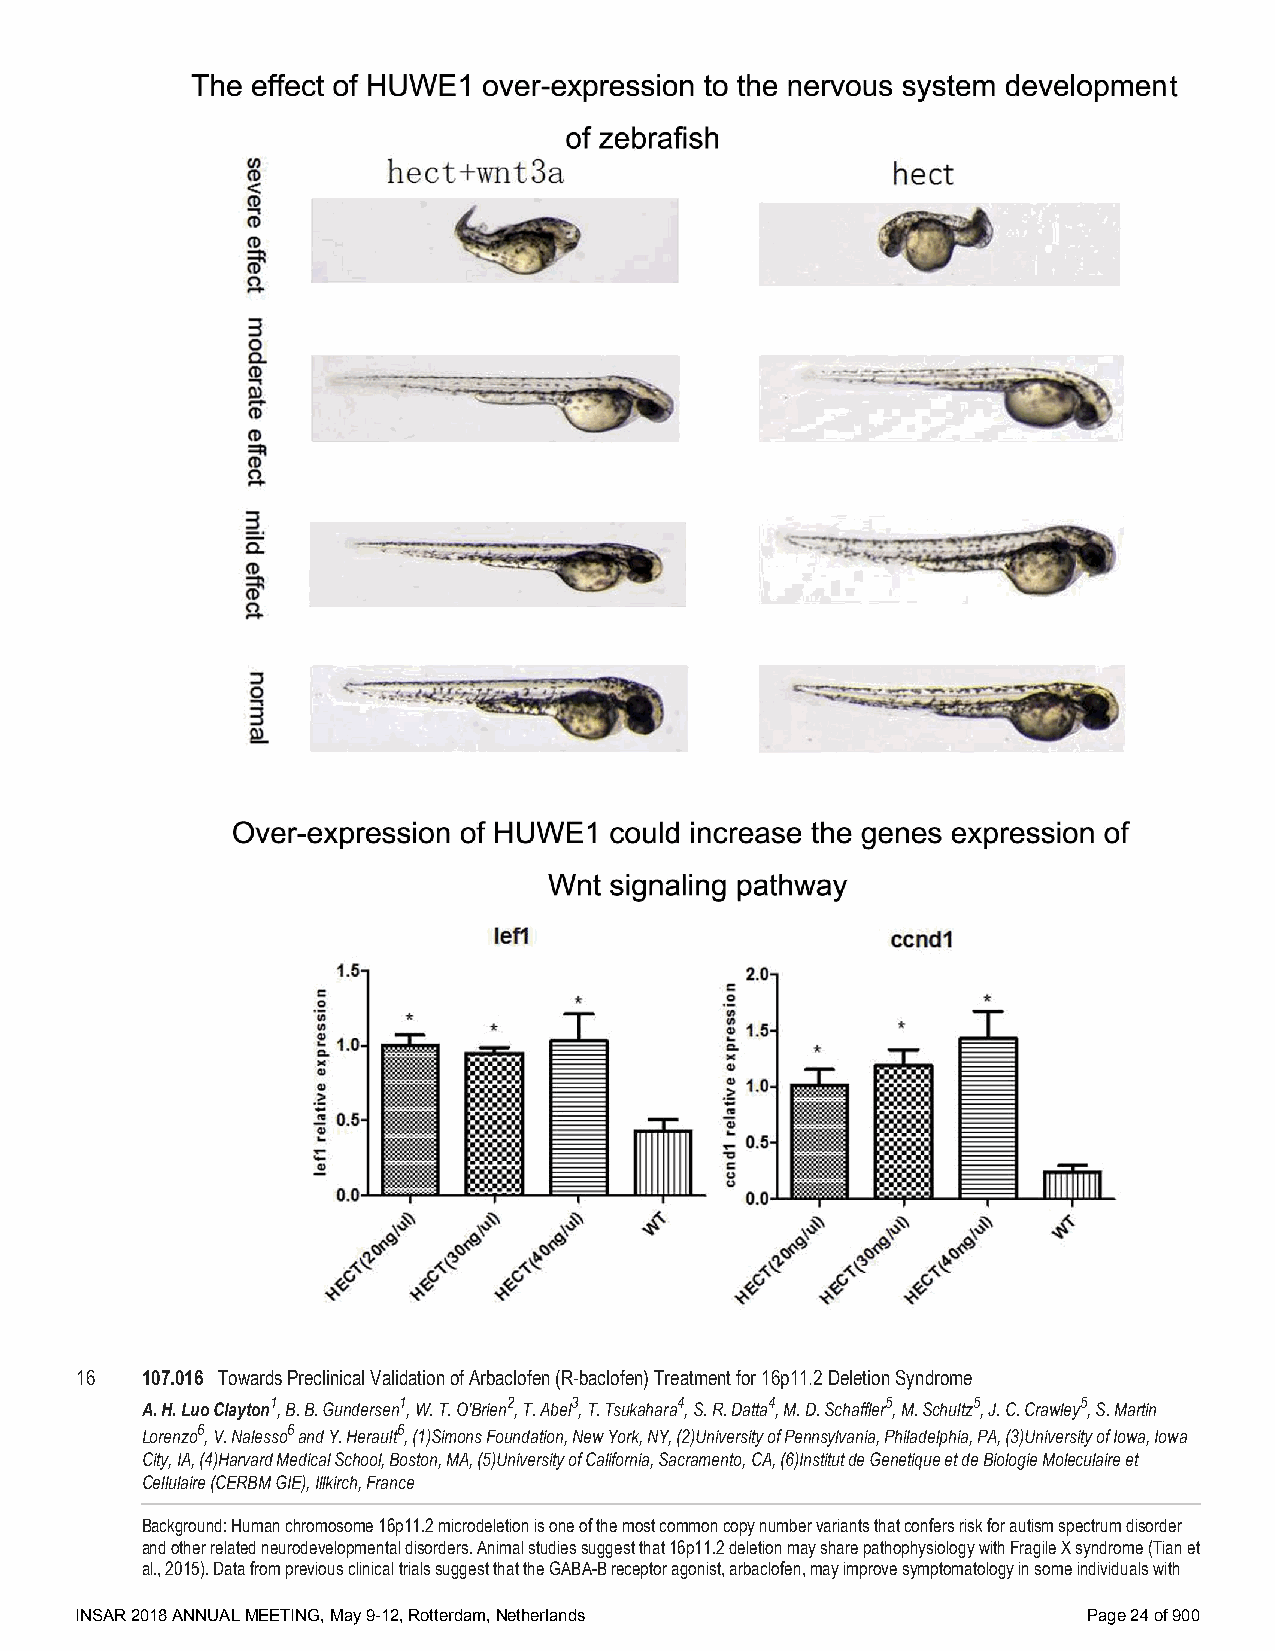
16  107.016 Towards Preclinical Validation of Arbaclofen (R-baclofen) Treatment for 16p11.2 Deletion Syndrome
 A. H. Luo Clayton1, B. B. Gundersen1, W. T. O'Brien2, T. Abel3, T. Tsukahara4, S. R. Datta4, M. D. Schaffler5, M. Schultz5, J. C. Crawley5, S. Martin
 Lorenzo6, V. Nalesso6 and Y. Herault6, (1)Simons Foundation, New York, NY, (2)University of Pennsylvania, Philadelphia, PA, (3)University of Iowa, Iowa
 City, IA, (4)Harvard Medical School, Boston, MA, (5)University of California, Sacramento, CA, (6)Institut de Genetique et de Biologie Moleculaire et
 Cellulaire (CERBM GIE), Illkirch, France
 Background: Human chromosome 16p11.2 microdeletion is one of the most common copy number variants that confers risk for autism spectrum disorder
 and other related neurodevelopmental disorders. Animal studies suggest that 16p11.2 deletion may share pathophysiology with Fragile X syndrome (Tian et
 al., 2015). Data from previous clinical trials suggest that the GABA-B receptor agonist, arbaclofen, may improve symptomatology in some individuals with
 INSAR 2018 ANNUAL MEETING, May 9-12, Rotterdam, Netherlands        Page 24 of 900